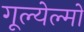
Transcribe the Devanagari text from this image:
गूल्येल्मो